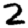
Digit: 2